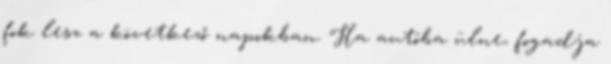
fok lesz a következő napokban. Ha autóba ülne, fogadja